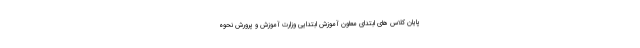
پایان کلاس های ابتدای معاون آموزش ابتدایی وزارت آموزش و پرورش نحوه